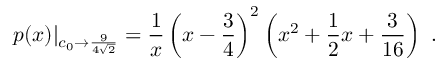
p ( x ) | _ { c _ { 0 } \to { \frac { 9 } { 4 \sqrt { 2 } } } } = { \frac { 1 } { x } } \left( x - { \frac { 3 } { 4 } } \right) ^ { 2 } \left( x ^ { 2 } + { \frac { 1 } { 2 } } x + { \frac { 3 } { 1 6 } } \right) \ .